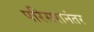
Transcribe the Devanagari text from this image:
परिसरानंतर